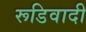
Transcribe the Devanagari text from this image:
रूडिवादी